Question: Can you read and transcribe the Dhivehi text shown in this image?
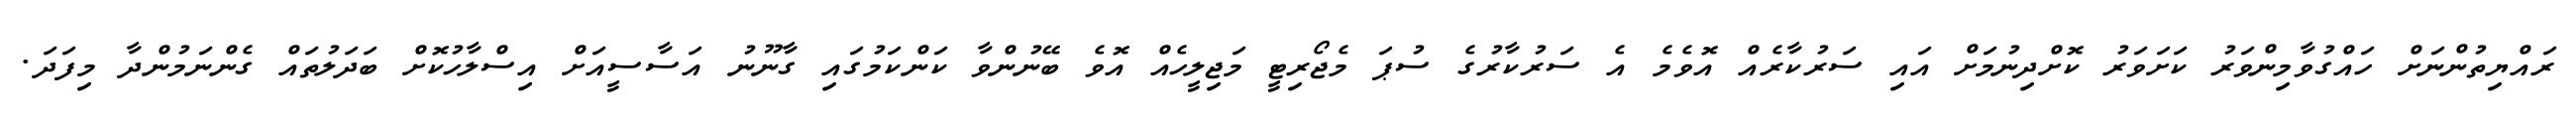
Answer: ރައްޔިތުންނަށް ހައްގުވާމިންވަރު ކަށަވަރު ކޮށްދިނުމަށް އައި ސަރުކާރެއް އޮވެމެ އެ ސަރުކާރުގެ ސުޕަ މެޖޯރިޓީ މަޖިލީހެއް އޮވެ ބޭނުންވާ ކަންކަމުގައި ގާނޫނު އަސާސީއަށް އިސްލާހުކޮށް ބަދަލުތައް ގެންނަމުންދާ މިފަދަ.